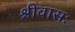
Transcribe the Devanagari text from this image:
श्रीवासः